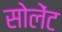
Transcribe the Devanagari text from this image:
सोलेंट